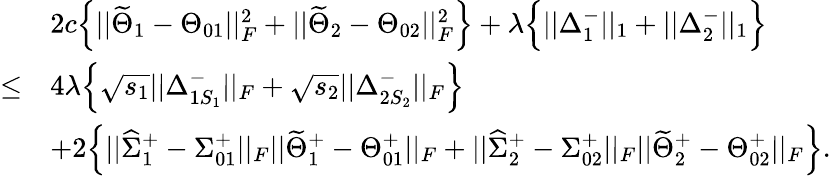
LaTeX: \begin{array}{rl}&{2c\Big\{ ||\widetilde{\Theta}_{1}-\Theta_{01}||_{F}^{2}+||\widetilde{\Theta}_{2}-\Theta_{02}||_{F}^{2}\Big\} +\lambda\Big\{ ||\Delta_{1}^{-}||_{1}+||\Delta_{2}^{-}||_{1}\Big\} }\\ {\leq}&{4\lambda\Big\{ \sqrt{s_{1}}||\Delta_{1S_{1}}^{-}||_{F}+\sqrt{s_{2}}||\Delta_{2S_{2}}^{-}||_{F}\Big\} }\\ &{+2\Big\{ ||\widehat{\Sigma}_{1}^{+}-\Sigma_{01}^{+}||_{F}||\widetilde{\Theta}_{1}^{+}-\Theta_{01}^{+}||_{F}+||\widehat{\Sigma}_{2}^{+}-\Sigma_{02}^{+}||_{F}||\widetilde{\Theta}_{2}^{+}-\Theta_{02}^{+}||_{F}\Big\} .}\end{array}